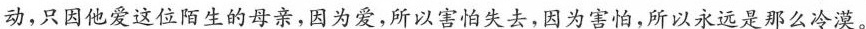
动，只因他爱这位陌生的母亲，因为爱，所以害怕失去，因为害怕，所以永远是那么冷漠。